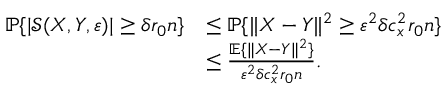
\begin{array} { r l } { \mathbb { P } \{ | \mathcal { S } ( X , Y , \varepsilon ) | \ge \delta r _ { 0 } n \} } & { \le \mathbb { P } \{ \| X - Y \| ^ { 2 } \ge \varepsilon ^ { 2 } \delta c _ { x } ^ { 2 } r _ { 0 } n \} } \\ & { \le \frac { \mathbb { E } \{ \| X - Y \| ^ { 2 } \} } { \varepsilon ^ { 2 } \delta c _ { x } ^ { 2 } r _ { 0 } n } . } \end{array}